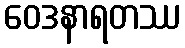
ဝေဒနာရတဿ